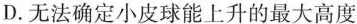
D.无法确定小皮球能上升的最大高度